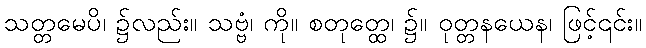
သတ္တမေပိ၊ ၌လည်း။ သဗ္ဗံ၊ ကို။ စတုတ္ထေ၊ ၌။ ဝုတ္တနယေန၊ ဖြင့်၎င်း။